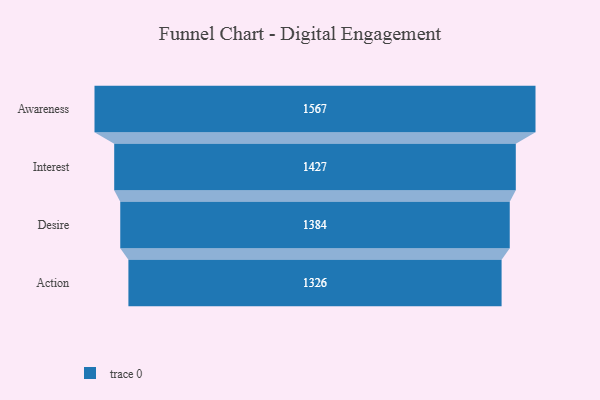
{"axis": {"x": "Stage", "y": "Value"}, "legend": [""], "data": [{"x": "Awareness", "y": 1567.0, "type": ""}, {"x": "Interest", "y": 1427.0, "type": ""}, {"x": "Desire", "y": 1384.0, "type": ""}, {"x": "Action", "y": 1326.0, "type": ""}]}